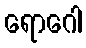
ရောဂေါ